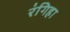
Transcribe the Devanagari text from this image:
रंगिहा